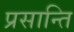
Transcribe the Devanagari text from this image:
प्रसान्ति